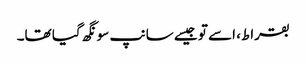
بقراط، اسے تو جیسے سانپ سونگھ گیا تھا۔